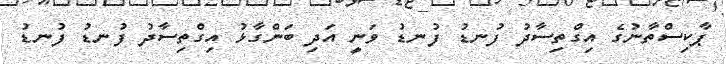
ޕާކިސްތާނުގެ އިގްތިސާދު ފުނޑު ފުނޑު ވަނީ އަދި ބަންގާޅު އިގްތިސާދު ފުނޑު ފުނޑު